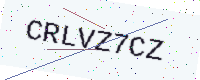
Text: CRLVZ7CZ